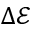
\Delta \mathcal { E }